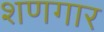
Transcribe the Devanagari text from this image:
शणगार